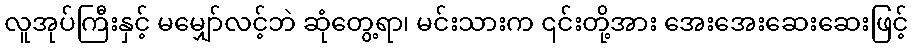
လူအုပ်ကြီးနှင့် မမျှော်လင့်ဘဲ ဆုံတွေ့ရာ၊ မင်းသားက ၎င်းတို့အား အေးအေးဆေးဆေးဖြင့်